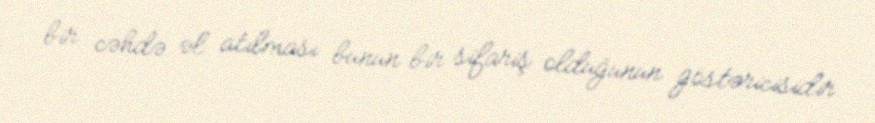
bir cəhdə əl atılması bunun bir sifariş olduğunun göstəricisidir.